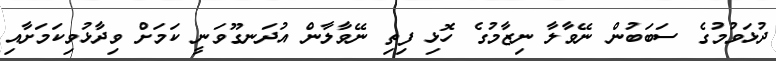
ދުޅަވުމުގެ ސަބަބުން ނޭވާލާ ނިޒާމުގެ ހޮޅި ފިތި ނޭވާލާން އުދަނގޫވަނީ ކަމަށް ވިދާޅުވިކަމަށާއި